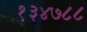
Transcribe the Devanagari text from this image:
१३४७८८